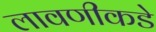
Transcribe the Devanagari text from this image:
लावणीकडे